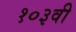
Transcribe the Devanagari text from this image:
१०३वी